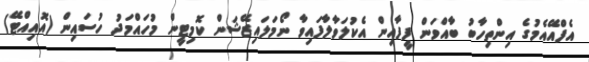
އެފްއޭއެމުގެ އިންތިހާބު ބާއްވަން ފީފާއިން އެކުލަވާލާފައިވާ ނޯމަލައިޒޭޝަން ކޮމިޓީން މުހައްމަދު ހުސައިން (އޮއިއްޓޭ)